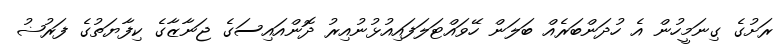
ރަށުގެ ގިނަމީހުން އެ ހުދަންބަރެއް ބަލަން ހޭވައްޓަލަފައިއުޅުނުއިރު ދޮންއައިސަގެ ޖަނާޒާގެ ކިފާޔަތުގެ ފަރުޟު